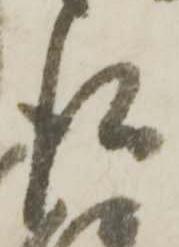
後